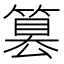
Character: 篡